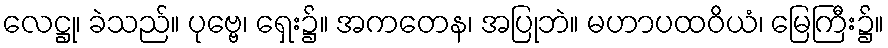
လေဋ္ဌု၊ ခဲသည်။ ပုဗ္ဗေ၊ ရှေး၌။ အကတေန၊ အပြုဘဲ။ မဟာပထဝိယံ၊ မြေကြီး၌။